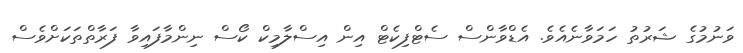
ވަނުމުގެ ޝަރުތު ހަމަވާނެއެވެ. އެޑްވާންސް ސެޓްފިކެޓް އިން އިސްލާމިކް ކޯސް ނިންމާފައިވާ ފަރާތްތަކަށްވެސް